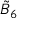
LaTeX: { \tilde { B } } _ { 6 }